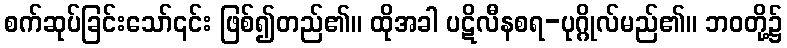
စက်ဆုပ်ခြင်းသော်၎င်း ဖြစ်၍တည်၏။ ထိုအခါ ပဋိလီနစရ-ပုဂ္ဂိုလ်မည်၏။ ဘဝတို့၌